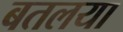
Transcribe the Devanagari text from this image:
बतलया